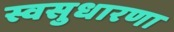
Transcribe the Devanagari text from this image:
स्वसुधारणा